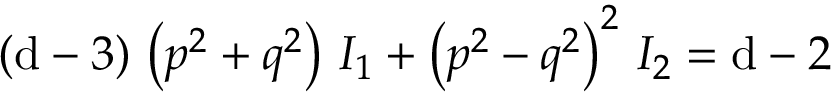
( \mathrm { d } - 3 ) \, \left( p ^ { 2 } + q ^ { 2 } \right) \, { \cal I } _ { 1 } + \left( p ^ { 2 } - q ^ { 2 } \right) ^ { 2 } \, { \cal I } _ { 2 } = \mathrm { d } - 2